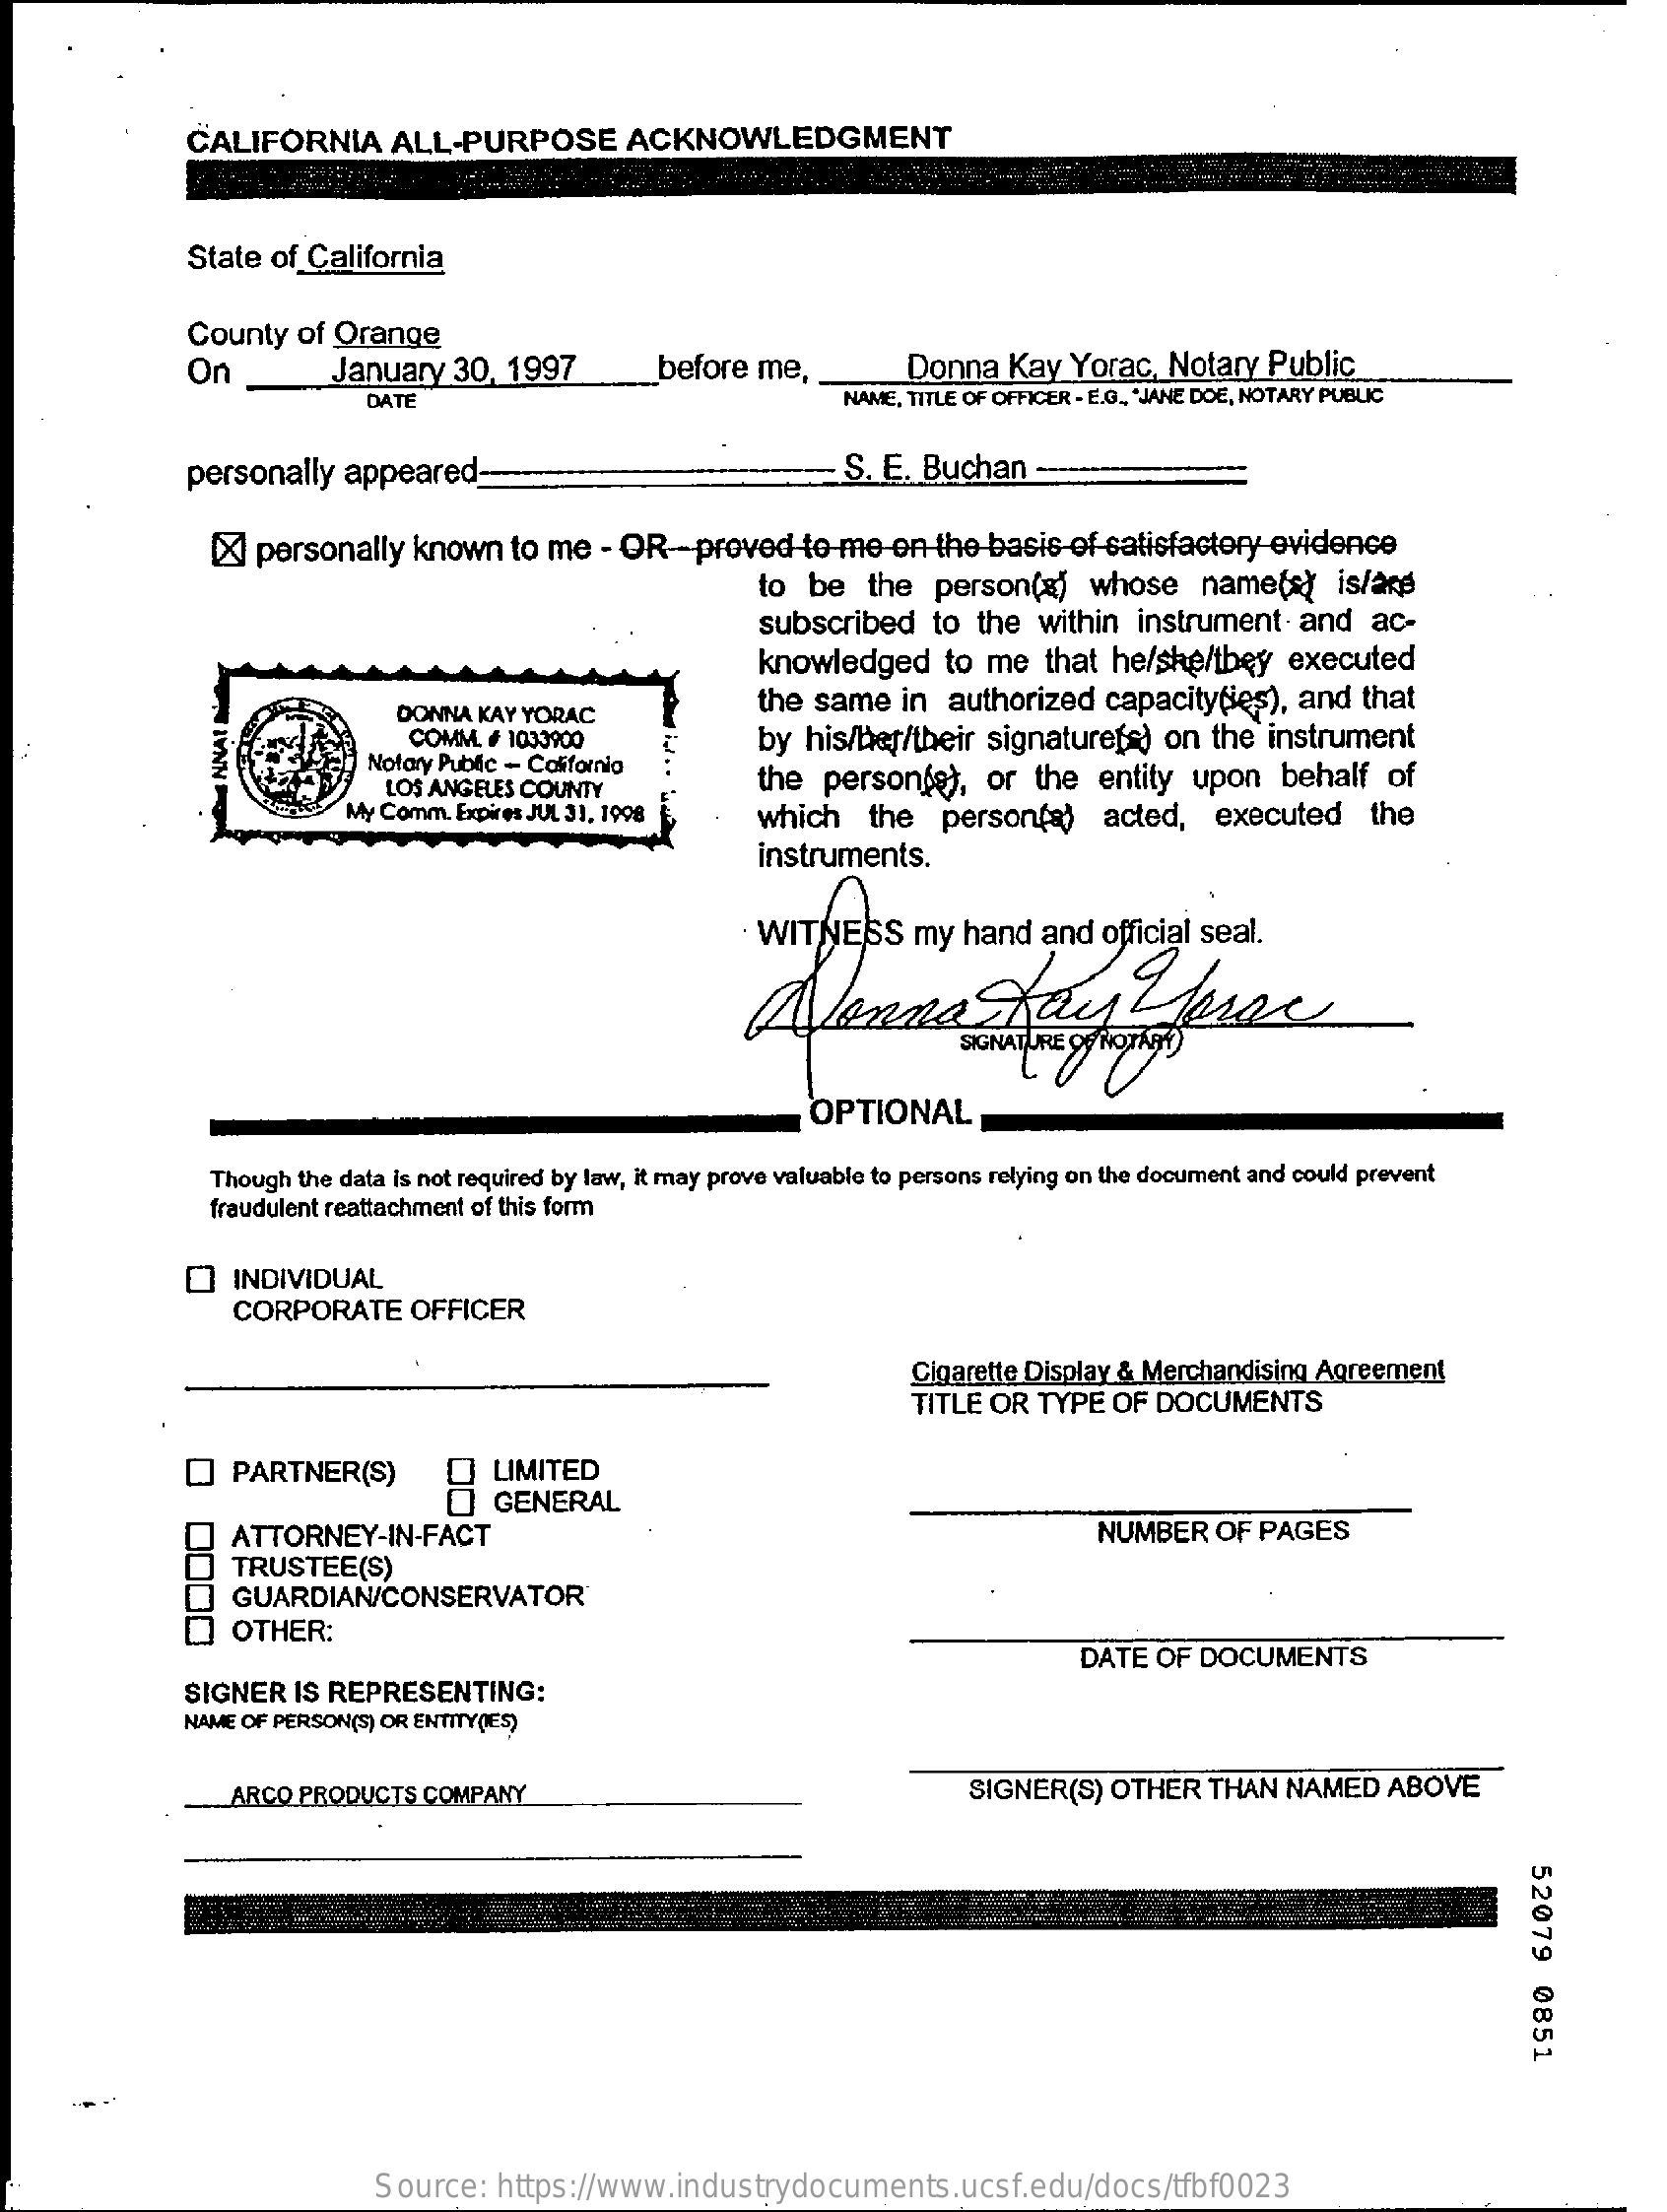
CALIFORNIA    ALL-PURPOSE    ACKNOWLEDGMENT
     State of California
     County  of Orange
     On    January  30, 1997    before me,    Donna  Kay  Yorac, Notary  Public
     DATE    NAME, TITLE OF OFFICER - E.G ., "JANE DOE, NOTARY PUBLIC
     personally  appeared-    S. E. Buchan  -
     XX personally  known   to me  - OR -- proved to me  on the basis  of satisfactory evidence
     to  be  the  person(s)   whose   name(s)    is/and
     subscribed   to  the within  instrument  and   ac-
     knowledged    to me   that he/she/they  executed
     DONNA KAY YORAC
     the same   in authorized  capacity(ies), and  that
     COMM. # 1033900    by his/her/their signaturefs)  on the  instrument
     Notary Public - Cosfornia
     LOS ANGELES COUNTY    the  person(s),  or  the  entity upon   behalf  of
     NNAT
     My Comm. Expires JUL 31, 1908  which   the   person(a)   acted,   executed    the
     instruments.
     OPTIONAL
     Though the data is not required by law, it may prove valuable to persons relying on the document and could prevent
     fraudulent reattachment of this form
     INDIVIDUAL
     CORPORATE    OFFICER
     Cigarette Display & Merchandising Agreement
     TITLE OR TYPE  OF DOCUMENTS
     Q   PARTNER(S)    LIMITED
     I GENERAL
     ATTORNEY-IN-FACT    NUMBER   OF PAGES
     TRUSTEE(S)
     GUARDIAN/CONSERVATOR
     OTHER:
     SIGNER IS REPRESENTING:
     DATE OF DOCUMENTS
     NAME OF PERSON(S) OR ENTITY(ES)
     ARCO PRODUCTS  COMPANY    SIGNER(S)  OTHER  THAN  NAMED   ABOVE
     52079
     0851
     Source:   https://www.industrydocuments.ucsf.edu/docs/tfbf0023